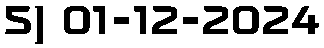
5) 01-12-2024